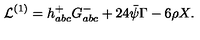
{ \cal L } ^ { ( 1 ) } = h _ { a b c } ^ { + } G _ { a b c } ^ { - } + 2 4 \bar { \psi } \Gamma - 6 \rho X .